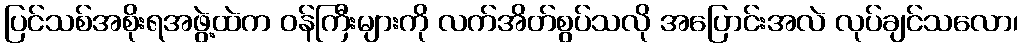
ပြင်သစ်အစိုးရအဖွဲ့ထဲက ဝန်ကြီးများကို လက်အိတ်စွပ်သလို အပြောင်းအလဲ လုပ်ချင်သလော၊